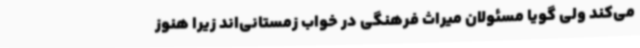
می‌کند ولی گویا مسئولان میراث فرهنگی در خواب زمستانی‌اند زیرا هنوز